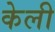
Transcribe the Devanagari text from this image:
केली